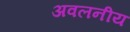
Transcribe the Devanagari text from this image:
अवलनीय